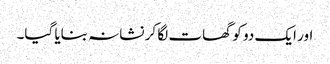
اور ایک دو کو گھات لگا کر نشانہ بنایا گیا۔